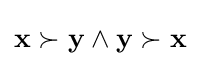
\mathbf {x} \succ \mathbf {y} \wedge \mathbf {y} \succ \mathbf {x}